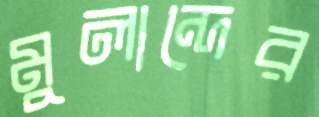
মুলান্দের